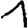
Digit: 1